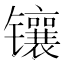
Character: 镶